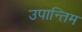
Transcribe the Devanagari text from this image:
उपान्तिम